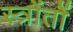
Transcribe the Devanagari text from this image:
स्त्रोंतों